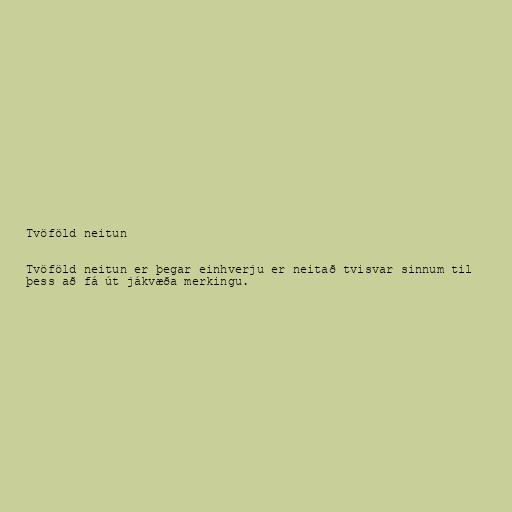
Tvöföld neitun

Tvöföld neitun er þegar einhverju er neitað tvisvar sinnum til
þess að fá út jákvæða merkingu.